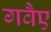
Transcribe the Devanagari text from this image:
गवैए